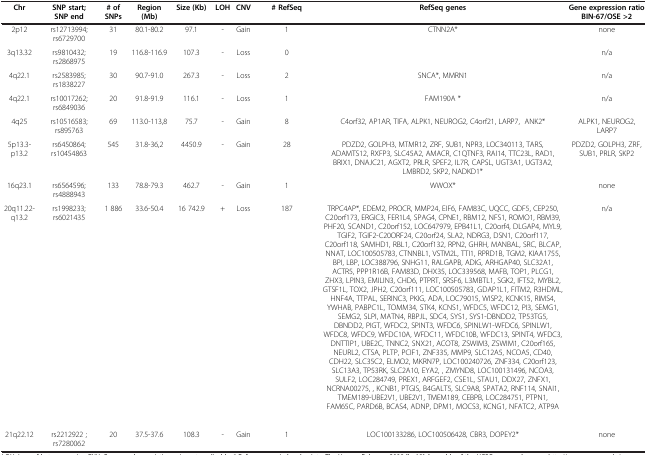
<table><thead><tr><td><b>Chr</b></td><td><b>SNP start; SNP end</b></td><td><b># of SNPs</b></td><td><b>Region (Mb)</b></td><td><b>Size (Kb)</b></td><td><b>LOH</b></td><td><b>CNV</b></td><td><b># RefSeq</b></td><td><b>RefSeq genes</b></td><td><b>Gene expression ratio BIN-67/OSE &gt;2</b></td></tr></thead><tbody><tr><td>2p12</td><td>rs12713994; rs6729700</td><td>31</td><td>80.1-80.2</td><td>97.1</td><td>-</td><td>Gain</td><td>1</td><td>CTNN2A*</td><td>none</td></tr><tr><td>3q13.32</td><td>rs9810432; rs2868975</td><td>19</td><td>116.8-116.9</td><td>107.3</td><td>-</td><td>Loss</td><td>0</td><td> </td><td>n/a</td></tr><tr><td>4q22.1</td><td>rs2583985; rs1838227</td><td>30</td><td>90.7-91.0</td><td>267.3</td><td>-</td><td>Loss</td><td>2</td><td>SNCA*, MMRN1</td><td>n/a</td></tr><tr><td>4q22.1</td><td>rs10017262; rs6849036</td><td>20</td><td>91.8-91.9</td><td>116.1</td><td>-</td><td>Loss</td><td>1</td><td>FAM190A *</td><td>n/a</td></tr><tr><td>4q25</td><td>rs10516583; rs895763</td><td>69</td><td>113.0-113,8</td><td>75.7</td><td>-</td><td>Gain</td><td>8</td><td>C4orf32, AP1AR, TIFA, ALPK1, NEUROG2, C4orf21, LARP7, ANK2*</td><td>ALPK1, NEUROG2, LARP7</td></tr><tr><td>5p13.3-p13.2</td><td>rs6450864; rs10454863</td><td>545</td><td>31.8-36,2</td><td>4450.9</td><td>-</td><td>Gain</td><td>28</td><td>PDZD2, GOLPH3, MTMR12, ZRF, SUB1, NPR3, LOC340113, TARS, ADAMTS12, RXFP3, SLC45A2, AMACR, C1QTNF3, RAI14, TTC23L, RAD1, BRIX1, DNAJC21, AGXT2, PRLR, SPEF2, IL7R, CAPSL, UGT3A1, UGT3A2, LMBRD2, SKP2, NADKD1*</td><td>PDZD2, GOLPH3, ZRF, SUB1, PRLR, SKP2</td></tr><tr><td>16q23.1</td><td>rs6564596; rs4888943</td><td>133</td><td>78.8-79.3</td><td>462.7</td><td>-</td><td>Gain</td><td>1</td><td>WWOX*</td><td>none</td></tr><tr><td>20q11.22-q13.2</td><td>rs1998233; rs6021435</td><td>1 886</td><td>33.6-50.4</td><td>16 742.9</td><td>+</td><td>Loss</td><td>187</td><td>TRPC4AP*, EDEM2, PROCR, MMP24, EIF6, FAM83C, UQCC, GDF5, CEP250, C20orf173, ERGIC3, FER1L4, SPAG4, CPNE1, RBM12, NFS1, ROMO1, RBM39, PHF20, SCAND1, C20orf152, LOC647979, EPB41L1, C20orf4, DLGAP4, MYL9, TGIF2, TGIF2-C20ORF24, C20orf24, SLA2, NDRG3, DSN1, C20orf117, C20orf118, SAMHD1, RBL1, C20orf132, RPN2, GHRH, MANBAL, SRC, BLCAP, NNAT, LOC100505783, CTNNBL1, VSTM2L, TTI1, RPRD1B, TGM2, KIAA1755, BPI, LBP, LOC388796, SNHG11, RALGAPB, ADIG, ARHGAP40, SLC32A1, ACTR5, PPP1R16B, FAM83D, DHX35, LOC339568, MAFB, TOP1, PLCG1, ZHX3, LPIN3, EMILIN3, CHD6, PTPRT, SRSF6, L3MBTL1, SGK2, IFT52, MYBL2, GTSF1L, TOX2, JPH2, C20orf111, LOC100505783, GDAP1L1, FITM2, R3HDML, HNF4A, TTPAL, SERINC3, PKIG, ADA, LOC79015, WISP2, KCNK15, RIMS4, YWHAB, PABPC1L, TOMM34, STK4, KCNS1, WFDC5, WFDC12, PI3, SEMG1, SEMG2, SLPI, MATN4, RBPJL, SDC4, SYS1, SYS1-DBNDD2, TP53TG5, DBNDD2, PIGT, WFDC2, SPINT3, WFDC6, SPINLW1-WFDC6, SPINLW1, WFDC8, WFDC9, WFDC10A, WFDC11, WFDC10B, WFDC13, SPINT4, WFDC3, DNTTIP1, UBE2C, TNNC2, SNX21, ACOT8, ZSWIM3, ZSWIM1, C20orf165, NEURL2, CTSA, PLTP, PCIF1, ZNF335, MMP9, SLC12A5, NCOA5, CD40, CDH22, SLC35C2, ELMO2, MKRN7P, LOC100240726, ZNF334, C20orf123, SLC13A3, TP53RK, SLC2A10, EYA2, , ZMYND8, LOC100131496, NCOA3, SULF2, LOC284749, PREX1, ARFGEF2, CSE1L, STAU1, DDX27, ZNFX1, NCRNA00275, , KCNB1, PTGIS, B4GALT5, SLC9A8, SPATA2, RNF114, SNAI1, TMEM189-UBE2V1, UBE2V1, TMEM189, CEBPB, LOC284751, PTPN1, FAM65C, PARD6B, BCAS4, ADNP, DPM1, MOCS3, KCNG1, NFATC2, ATP9A</td><td>n/a</td></tr><tr><td> </td><td> </td><td> </td><td> </td><td> </td><td> </td><td> </td><td> </td><td> </td><td> </td></tr><tr><td>21q22.12</td><td>rs2212922 ; rs7280062</td><td>20</td><td>37.5-37.6</td><td>108.3</td><td>-</td><td>Gain</td><td>1</td><td>LOC100133286, LOC100506428, CBR3, DOPEY2*</td><td>none</td></tr></tbody></table>